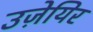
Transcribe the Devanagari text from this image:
उज़ेयिर